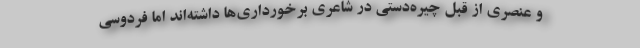
و عنصری از قِبل چیره‌دستی در شاعری برخورداری‌ها داشته‌اند اما فردوسی